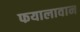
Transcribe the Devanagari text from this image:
फयालावान